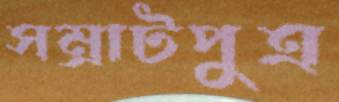
সম্রাটপুত্র